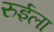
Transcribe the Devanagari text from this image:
रुईला